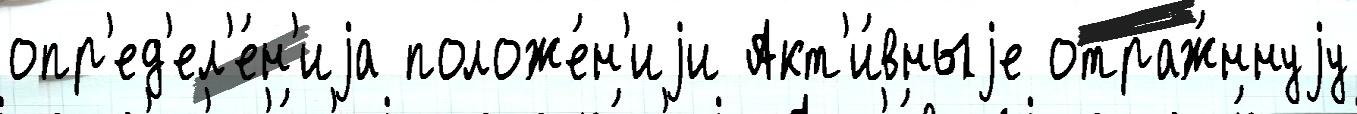
опр'ед'ел'е́н'иjа положе́н'иjи Акт'и́вныjе отраж́ннуjу